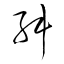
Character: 舛